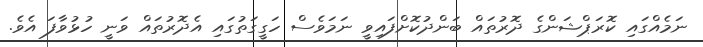
ނަމެއްގައި ކޮރަޕްޝަންގެ ދޮރުތައް ބަންދުކޮށްފައިވީ ނަމަވެސް ހަގީގަތުގައި އެދޮރުތައް ވަނީ ހުޅުވާފަ އެވެ.